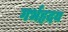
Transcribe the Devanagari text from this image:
गर्भहृदय